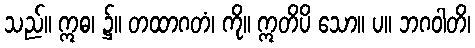
သည်။ ဣဓ၊ ၌။ တထာဂတံ၊ ကို။ ဣတိပိ သော။ ပ။ ဘဂဝါတိ၊